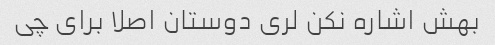
بهش اشاره نکن لری دوستان اصلا برای چی